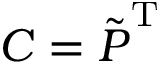
\b { C } = \tilde { \b { P } } ^ { \mathrm { T } }